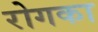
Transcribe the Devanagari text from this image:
रोगका